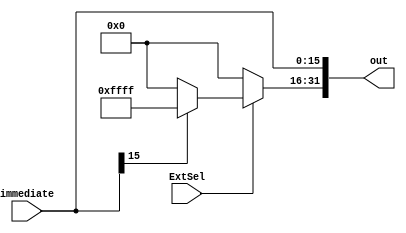
`timescale 1ns / 1ps
//////////////////////////////////////////////////////////////////////////////////
// Company: 
// Engineer: 
// 
// Design Name: 
// Module Name: signZeroExtend
// Project Name: 
// Target Devices: 
// Tool Versions: 
// Description: 
// 
// Dependencies: 
// 
// Revision:
// Revision 0.01 - File Created
// Additional Comments:
// 
//////////////////////////////////////////////////////////////////////////////////


module signZeroExtend(
    input [15:0] immediate,
    input ExtSel,
    output [31:0] out
    );
    assign out[15:0] = immediate;
    assign out[31:16] = ExtSel ? (immediate[15] ? 16'hffff : 16'h0000) : 16'h0000;
endmodule